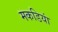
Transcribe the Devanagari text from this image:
मकडियां